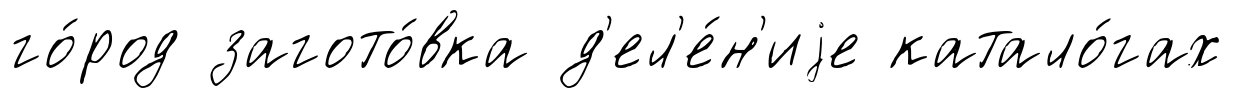
го́род загото́вка д'ел'е́н'иjе катало́гах